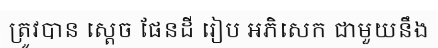
ត្រូវបាន ស្តេច ផែនដី រៀប អភិសេក ជាមួយនឹង